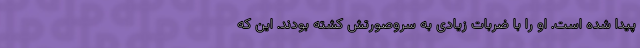
پیدا شده است. او را با ضربات زیادی به سروصورتش کشته بودند. این که